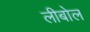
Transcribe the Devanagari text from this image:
लीबोल